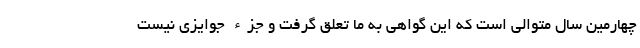
چهارمین سال متوالی است که این گواهی به ما تعلق گرفت و جزء جوایزی نیست